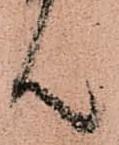
ん